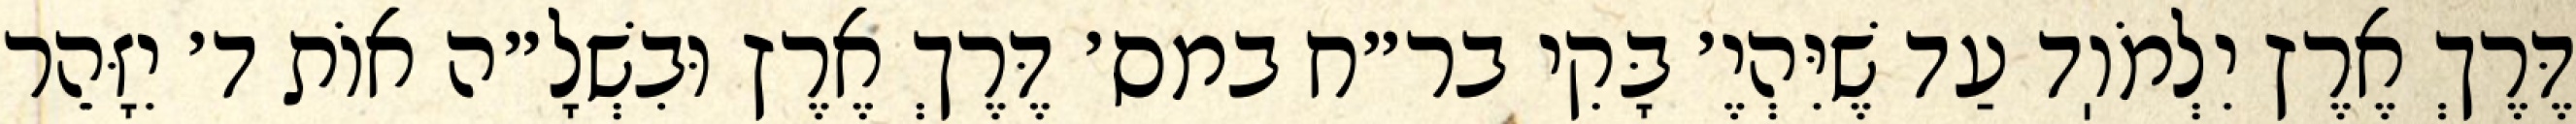
דֶּרֶךְ אֶרֶץ יִלְמֹוֽד עַד שֶׁיִּהְיֶ׳ בָּקִי בר״ח במס׳ דֶּרֶךְ אֶרֶץ וּבִשְׁלָ״ה אוֹת ד׳ יִזָּהֵר